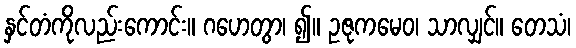
နှင်တံကိုလည်းကောင်း။ ဂဟေတွာ၊ ၍။ ဥဇုကမေဝ၊ သာလျှင်။ တေသံ၊